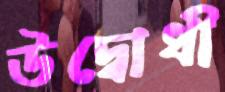
উদ্বোধী